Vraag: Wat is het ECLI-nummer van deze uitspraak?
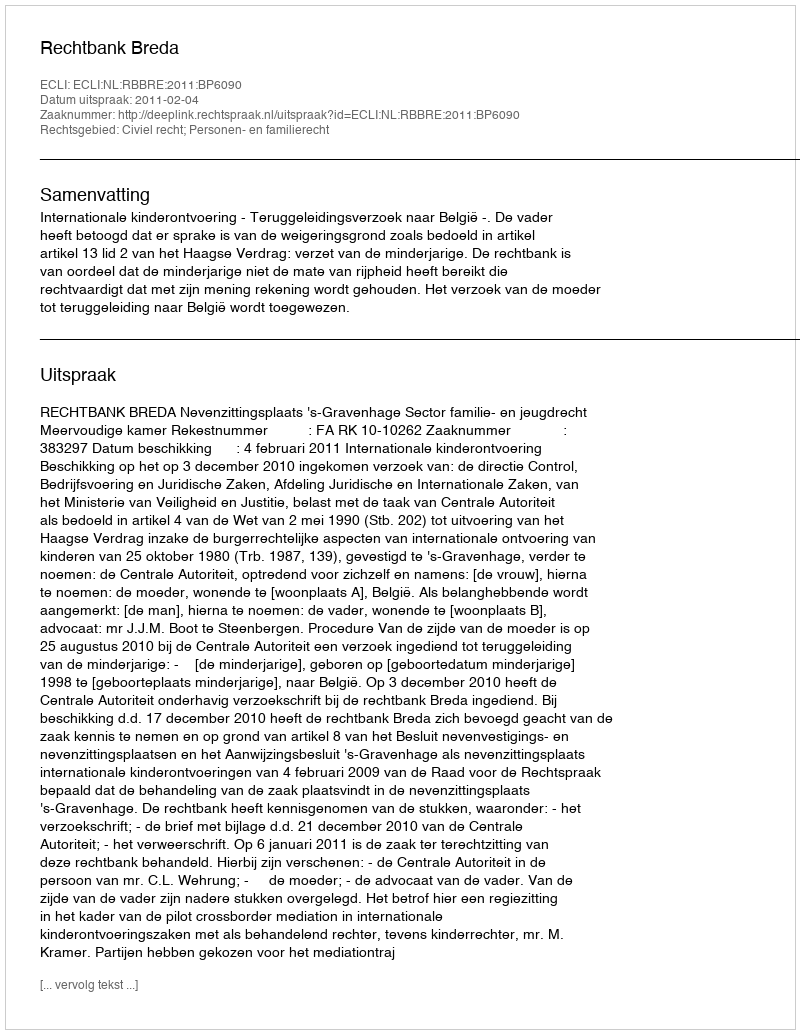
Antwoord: ECLI:NL:RBBRE:2011:BP6090